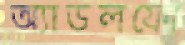
অ্যাডলফো